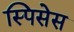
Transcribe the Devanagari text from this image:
स्पिसेस